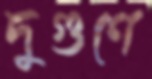
দুগুণে